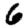
Digit: 6